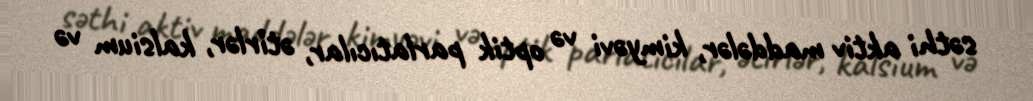
səthi aktiv maddələr, kimyəvi və optik parlatıcılar, ətirlər, kalsium və